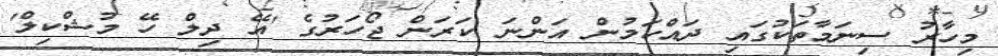
މިހާރު ސިނަމާތަކުގައި ދައްކަމުން އަންނަ ކަރަން ޖޯހަރުގެ 'އޭ ދިލް ހޭ މުޝްކިލް'